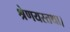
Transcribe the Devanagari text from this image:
श्रेणयस्तथा।